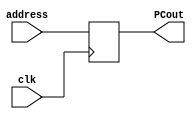
`timescale 1ns/1ps

module PC(
    input [31:0] address,
    input clk,
    output reg [31:0] PCout
);

initial begin
    PCout <= 31'h00000000;
end

always @(posedge clk) begin
    PCout <= address;
end
endmodule

// testbench
// `timescale 1ns/1ps

// module PC_tb;

//     reg [31:0] address;
//     reg clk;
//     wire [31:0] PCout;

//     PC PC_inst(
//         .address(address),
//         .clk(clk),
//         .PCout(PCout)
//     );

//     initial begin
//         $dumpfile("PC_tb.vcd");
//         $dumpvars(0, PC_tb);
        
//         address = 32'h00000001;
//         clk = 0;
//         #10;
//         clk = 1;
//         #10;
//         address = 32'h00000002;
//         clk = 0;
//         #10;
//         clk = 1;
//         #10;
//         $finish;
//     end
// endmodule